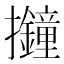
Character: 𢺚